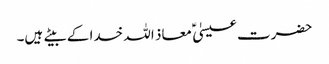
حضرت عیسیٰ ؑ معاذ اللہ خدا کے بیتے ہیں۔